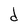
Character: d